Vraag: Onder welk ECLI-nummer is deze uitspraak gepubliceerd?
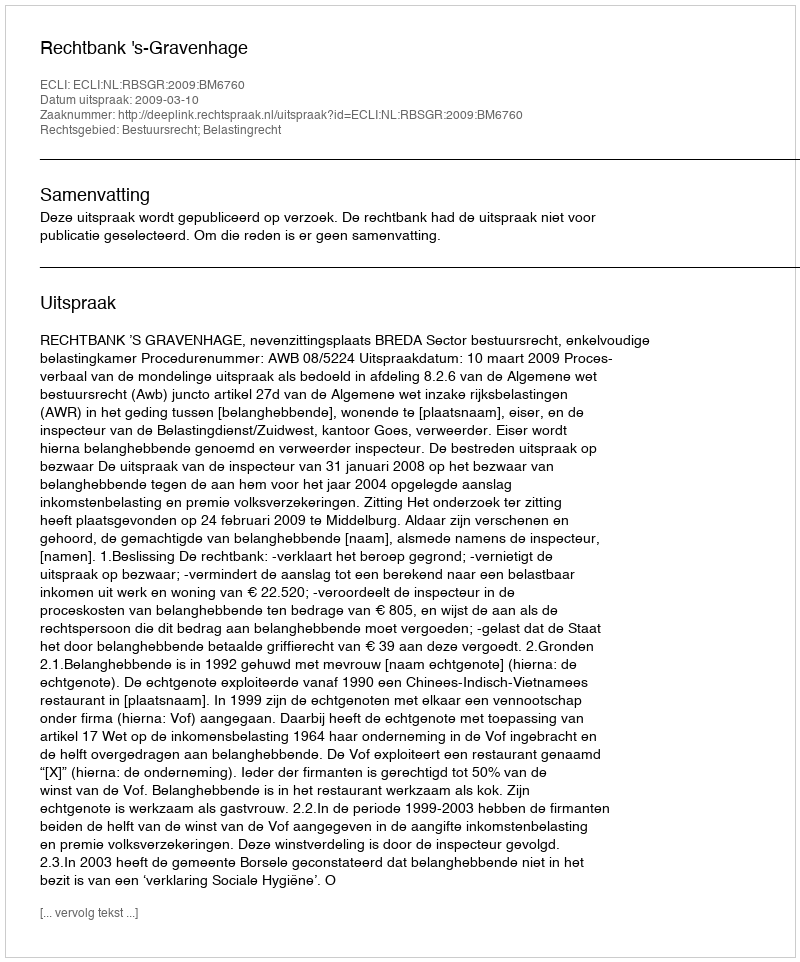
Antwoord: ECLI:NL:RBSGR:2009:BM6760